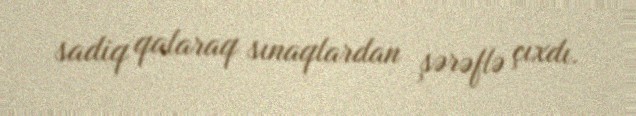
sadiq qalaraq sınaqlardan şərəflə çıxdı.